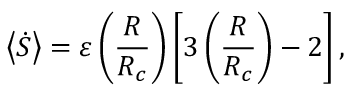
\left< \dot { S } \right> = \varepsilon \left( \frac { R } { R _ { c } } \right) \left[ 3 \left( \frac { R } { R _ { c } } \right) - 2 \right] ,